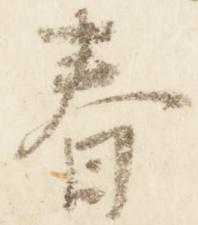
春